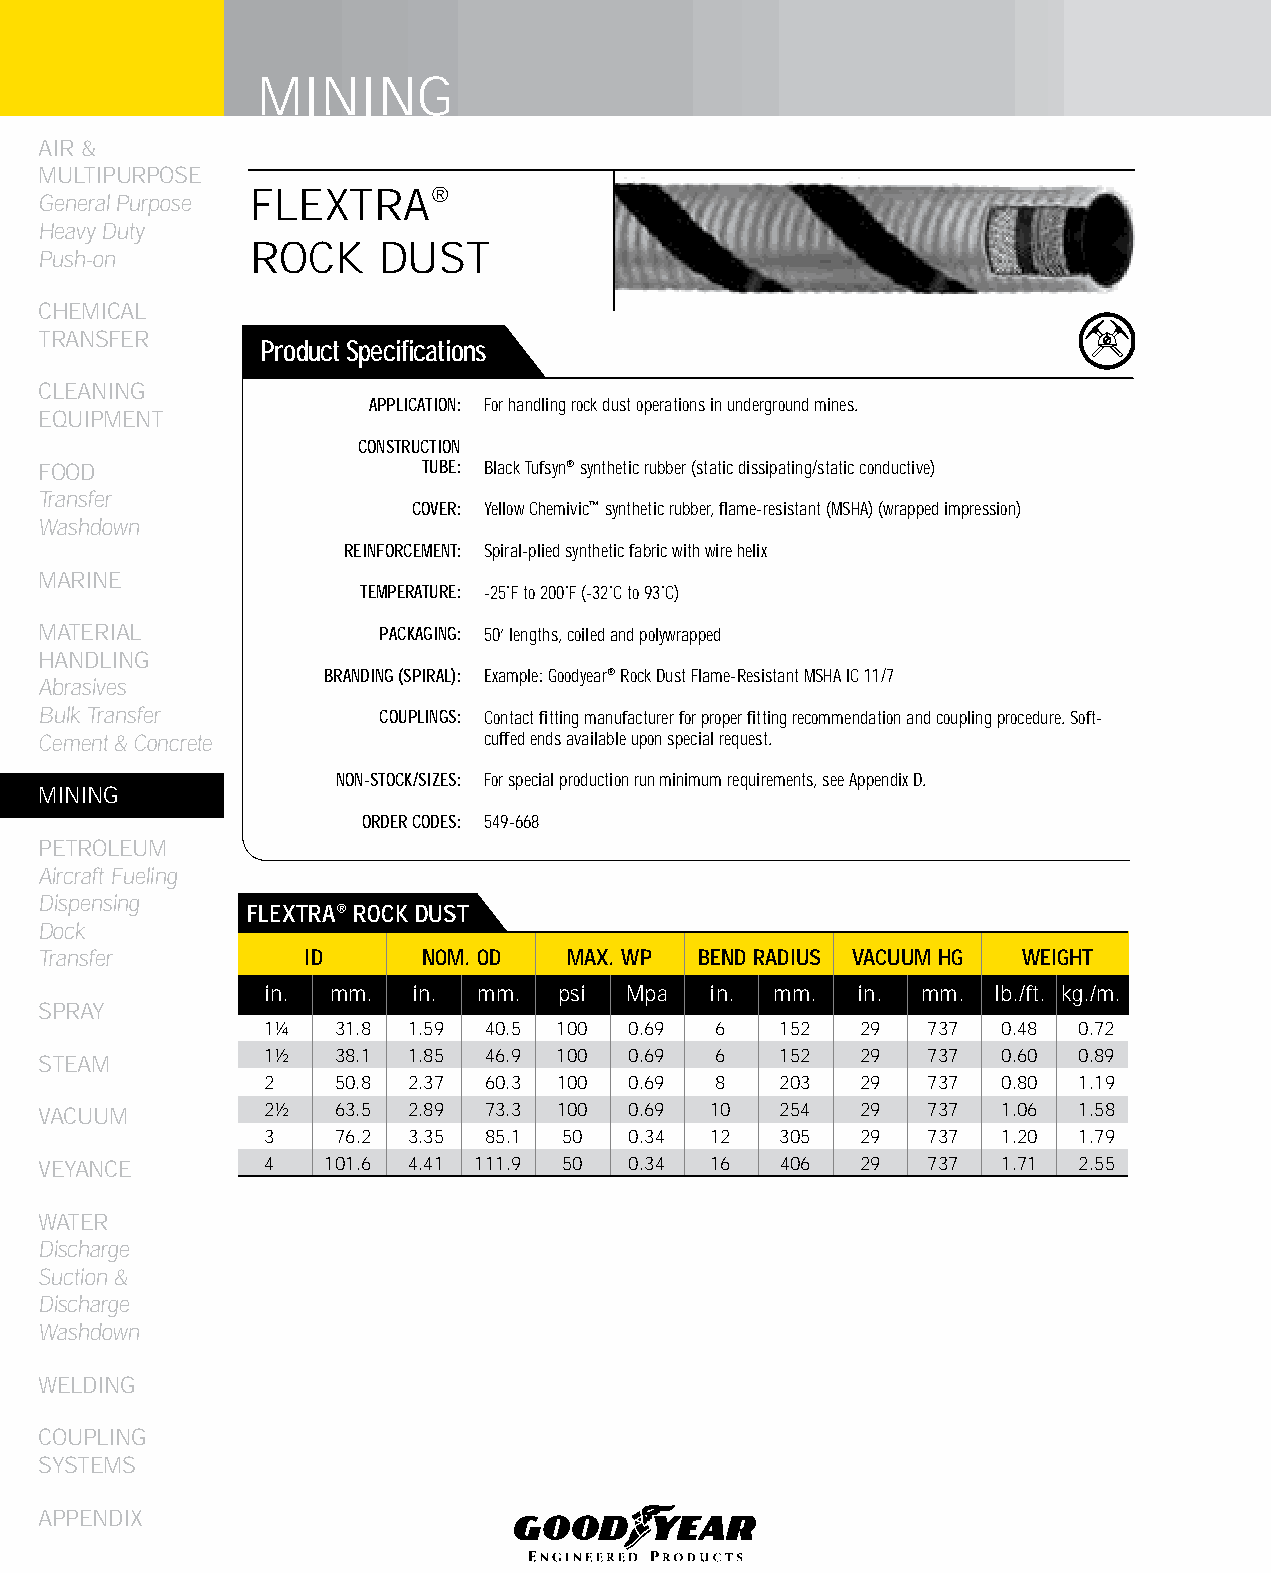
MINING
 AIR &
 MULTIPURPOSE
 FLEXTRA®
 General Purpose
 Heavy Duty
 ROCK    DUST
 Push-on
 CHEMICAL
 TRANSFER
 Product Specifications
 CLEANING
 APPLICATION: For handling rock dust operations in underground mines.
 EqUIPMENT
 CONSTRUCTION
 FOOD                     TUBE: Black Tufsyn® synthetic rubber (static dissipating/static conductive)
 Transfer
 COVER: Yellow Chemivic™ synthetic rubber, flame-resistant (MSHA) (wrapped impression)
 Washdown
 REINFORCEMENT: Spiral-plied synthetic fabric with wire helix
 MARINE
 TEMPERATURE: -25˚F to 200˚F (-32˚C to 93˚C)
 MATERIAL              PACKAGING: 50’ lengths, coiled and polywrapped
 HANDLING
 BRANDING (SPIRAL): Example: Goodyear® Rock Dust Flame-Resistant MSHA IC 11/7
 Abrasives
 Bulk Transfer         COUPLINGS: Contact fitting manufacturer for proper fitting recommendation and coupling procedure. Soft-
 Cement & Concrete            cuffed ends available upon special request.
 NON-STOCK/SIZES: For special production run minimum requirements, see Appendix D.
 MINING
 ORDER CODES: 549-668
 PETROLEUM
 Aircraft Fueling
 Dispensing
 fLEXTRA® ROCk DUST
 Dock
 Transfer         ID      NOM. OD   MAX. WP bEND RADIUS VACUUM HG WEIGHT
 in. mm.  in.  mm.  psi  Mpa  in. mm.   in. mm.  lb./ft. kg./m.
 SPRAY
 1¼  31.8 1.59 40.5 100  0.69 6    152  29  737  0.48 0.72
 1½  38.1 1.85 46.9 100  0.69 6    152  29  737  0.60 0.89
 STEAM
 2   50.8 2.37 60.3 100  0.69 8    203  29  737  0.80 1.19
 VACUUM         2½  63.5 2.89 73.3 100  0.69 10   254  29  737  1.06 1.58
 3   76.2 3.35 85.1 50   0.34 12   305  29  737  1.20 1.79
 VEYANCE        4   101.6 4.41 111.9 50 0.34 16   406  29  737  1.71 2.55
 WATER
 Discharge
 Suction &
 Discharge
 Washdown
 WELDING
 COUPLING
 SYSTEMS
 APPENDIX
 138